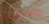
والأفضل